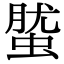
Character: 𧌌